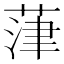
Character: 葏